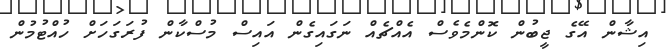
އިޝާން އޭގެ ޖީބުން ކޮންމެވެސް އެއްޗެއް ނަގައިގެން އައިސް މުސްކާން ފުރަގަހަށް ހުއްޓުމުން